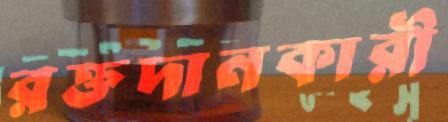
রক্তদানকারী